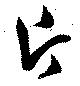
片